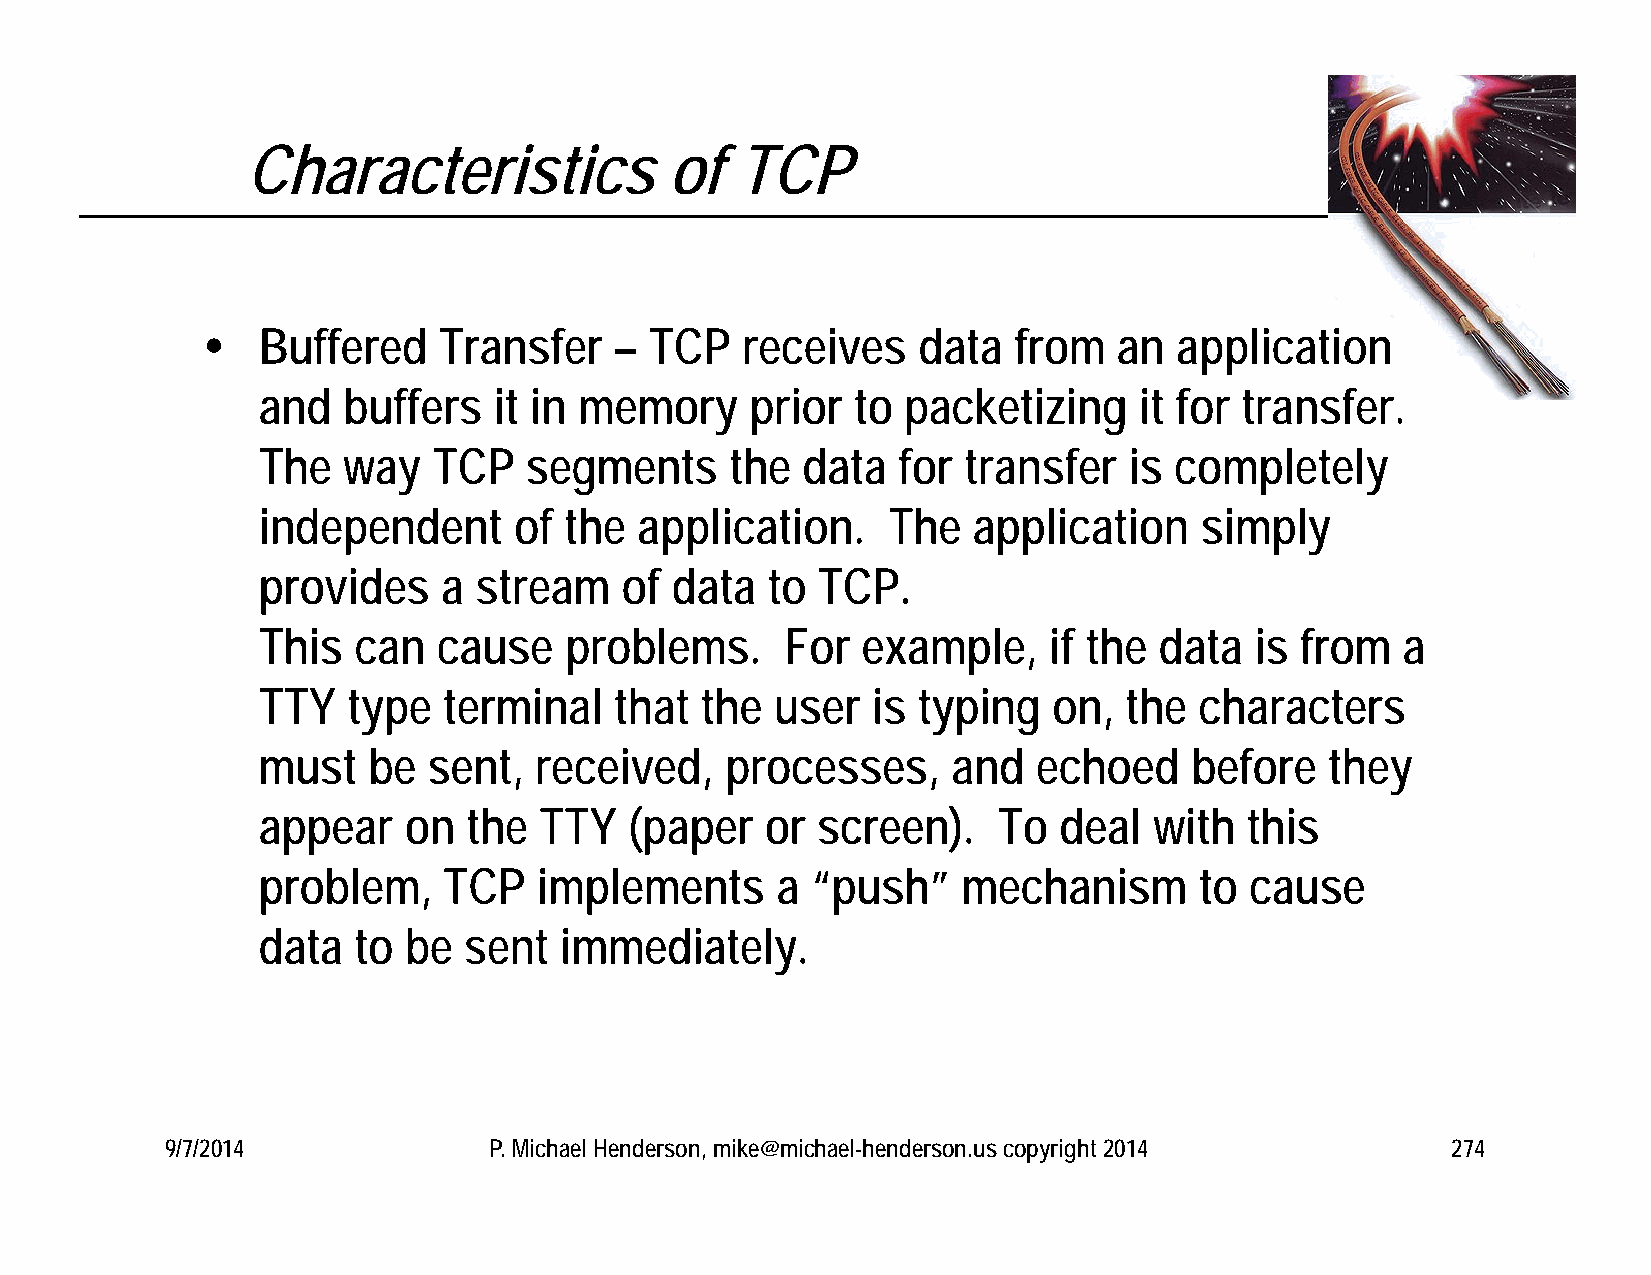
Characteristics             of   TCP
    Buffered    Transfer    – TCP   receives    data  from   an  application
 and   buffers   it in memory     prior  to packetizing    it for transfer.
 The   way   TCP   segments     the  data  for  transfer   is completely
 independent      of the  application.     The  application    simply
 provides    a stream    of data   to TCP.
 This  can   cause   problems.      For  example,    if the  data  is from   a
 TTY   type  terminal    that the  user   is typing   on, the  characters
 must   be  sent,  received,    processes,     and   echoed    before   they
 appear    on  the  TTY   (paper   or screen).    To  deal  with  this
 problem,    TCP    implements     a  “push”    mechanism      to  cause
 data  to  be  sent  immediately.
 9/7/2014             P. Michael Henderson, mike@michael-henderson.us copyright 2014  274